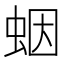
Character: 𧊭